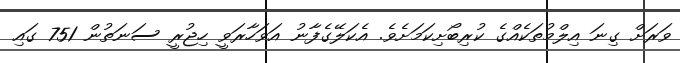
ވަރަށް ގިނަ އިލްމުތަކެއްގެ ކުރިބޯށިކަމަށެވެ. އެކަލޭގެފާނު އަވަހާރަވީ ހިޖުރީ ސަނަތުން 751 ގައި